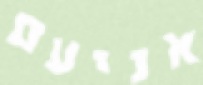
אניעם